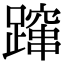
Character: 蹿